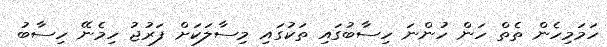
ހަމަމިހެން ތެތް ހަން ހުންނަ ހިސާބުގައި ތަކުގައި މިސާލަކަށް ފަރުޖު ހިމެނޭ ހިސާބު